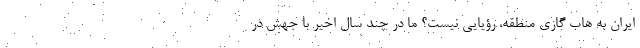
ایران به هاب گازی منطقه، رؤیایی نیست؟ ما در چند سال اخیر با جهش در